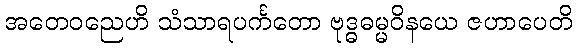
အတေဝညေဟိ သံသာရပင်္ကတော ဗုဒ္ဓဓမ္မဝိနယေ ဇဟာပေတိ